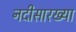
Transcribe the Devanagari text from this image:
नदीसारख्या